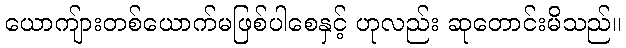
ယောကျ်ားတစ်ယောက်မဖြစ်ပါစေနှင့် ဟုလည်း ဆုတောင်းမိသည်။